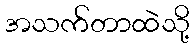
အသက်တာထဲသို့